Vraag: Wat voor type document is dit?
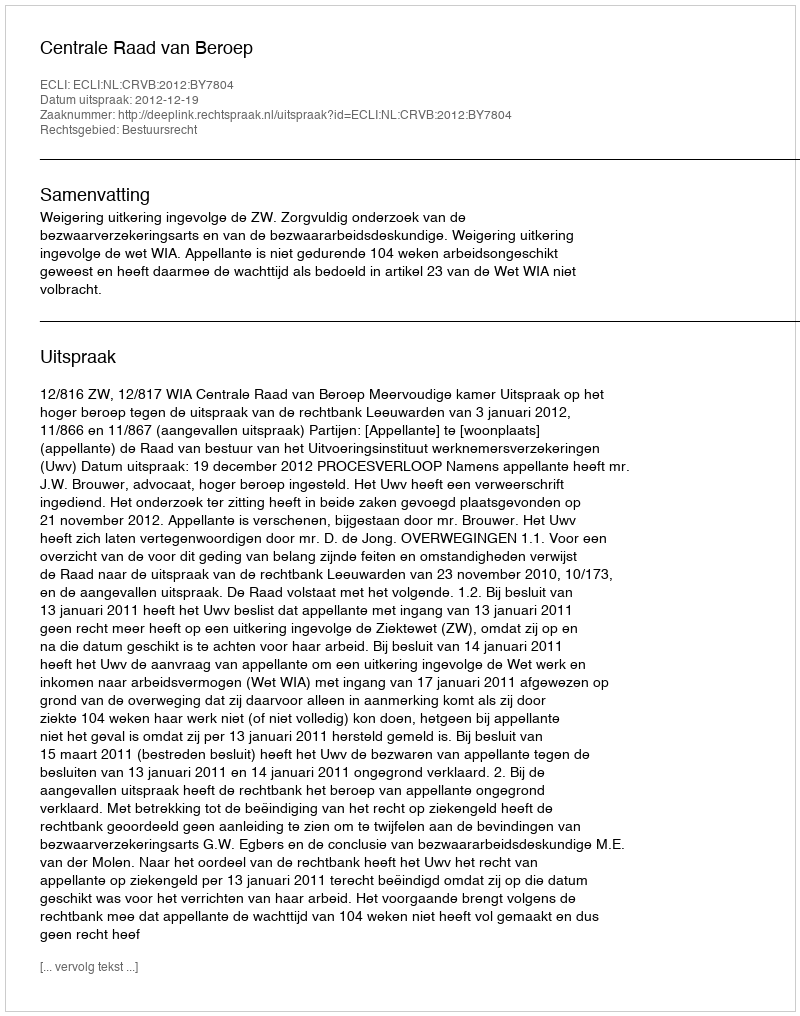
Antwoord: Uitspraak